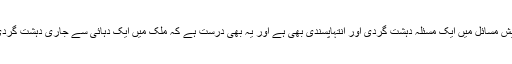
یہ درست ہے کہ پاکستان کو درپیش مسائل میں ایک مسئلہ دہشت گردی اور انتہاپسندی بھی ہے اور یہ بھی درست ہے کہ ملک میں ایک دہائی سے جاری دہشت گردی کا جواز مذہب سے لیا جاتا ہے۔